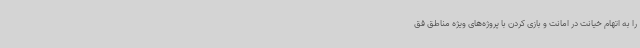
را به اتهام خیانت در امانت و بازی کردن با پروژه‌های ویژه مناطق فق